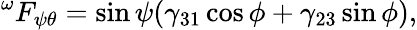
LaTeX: ^{\omega}F_{\psi\theta}=\sin\psi(\gamma_{31}\cos\phi+\gamma_{23}\sin\phi),